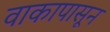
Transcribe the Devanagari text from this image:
वाकापासून